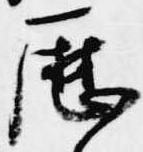
歴